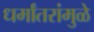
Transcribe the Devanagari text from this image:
धर्मांतरांमुळे